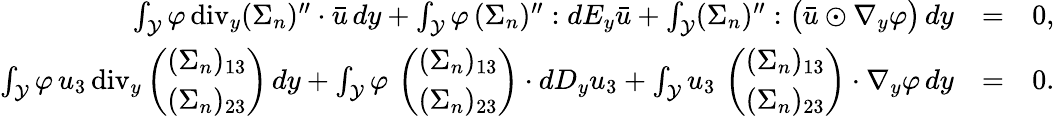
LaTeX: \begin{array}{rlr}{\int_{\mathcal{Y}}\varphi\, \mathrm{div}_{y}(\Sigma_{n})^{\prime\prime}\cdot\bar{u}\, dy+\int_{\mathcal{Y}}\varphi\, (\Sigma_{n})^{\prime\prime}:dE_{y}\bar{u}+\int_{\mathcal{Y}}(\Sigma_{n})^{\prime\prime}:\big(\bar{u}\odot\nabla_{y}\varphi\big)\, dy}&{=}&{0,}\\ {\int_{\mathcal{Y}}\varphi\, u_{3}\, \mathrm{div}_{y}\left(\begin{array}{l}{(\Sigma_{n})_{13}}\\ {(\Sigma_{n})_{23}}\end{array}\right)\, dy+\int_{\mathcal{Y}}\varphi\, \left(\begin{array}{l}{(\Sigma_{n})_{13}}\\ {(\Sigma_{n})_{23}}\end{array}\right)\cdot dD_{y}u_{3}+\int_{\mathcal{Y}}u_{3}\, \left(\begin{array}{l}{(\Sigma_{n})_{13}}\\ {(\Sigma_{n})_{23}}\end{array}\right)\cdot\nabla_{y}\varphi\, dy}&{=}&{0.}\end{array}